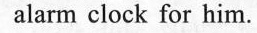
alarm clock for him.